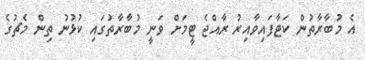
އެ މުބާރާތުން ކަޓާފައިވާއިރު ރާއްޖެ ޓީމަށް ވަނީ މުބާރާތުގައި ކުޅުނު ތިން މެޗުގެ